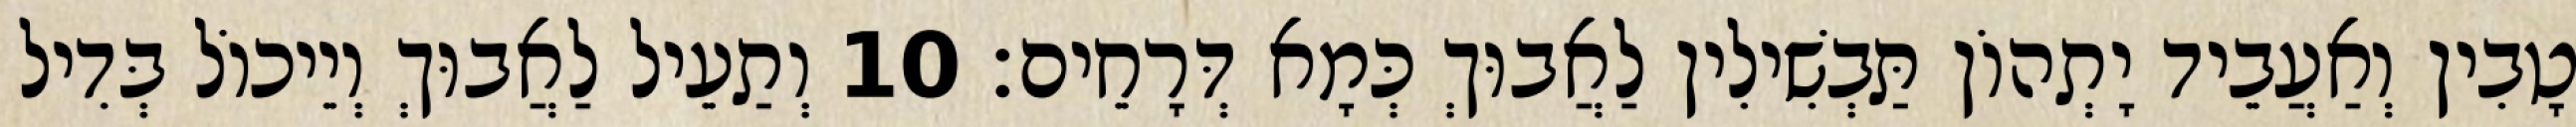
טָבִין וְאַעֲבֵיד יָתְהוֹן תַּבְשִׁילִין לַאֲבוּךְ כְּמָא דְּרָחֵים׃ 10 וְתַעֵיל לַאֲבוּךְ וְיֵיכוֹל בְּדִיל